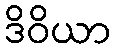
ဒိဝိယာ